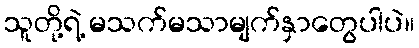
သူတို့ရဲ့ မသက်မသာမျက်နှာတွေပါပဲ။